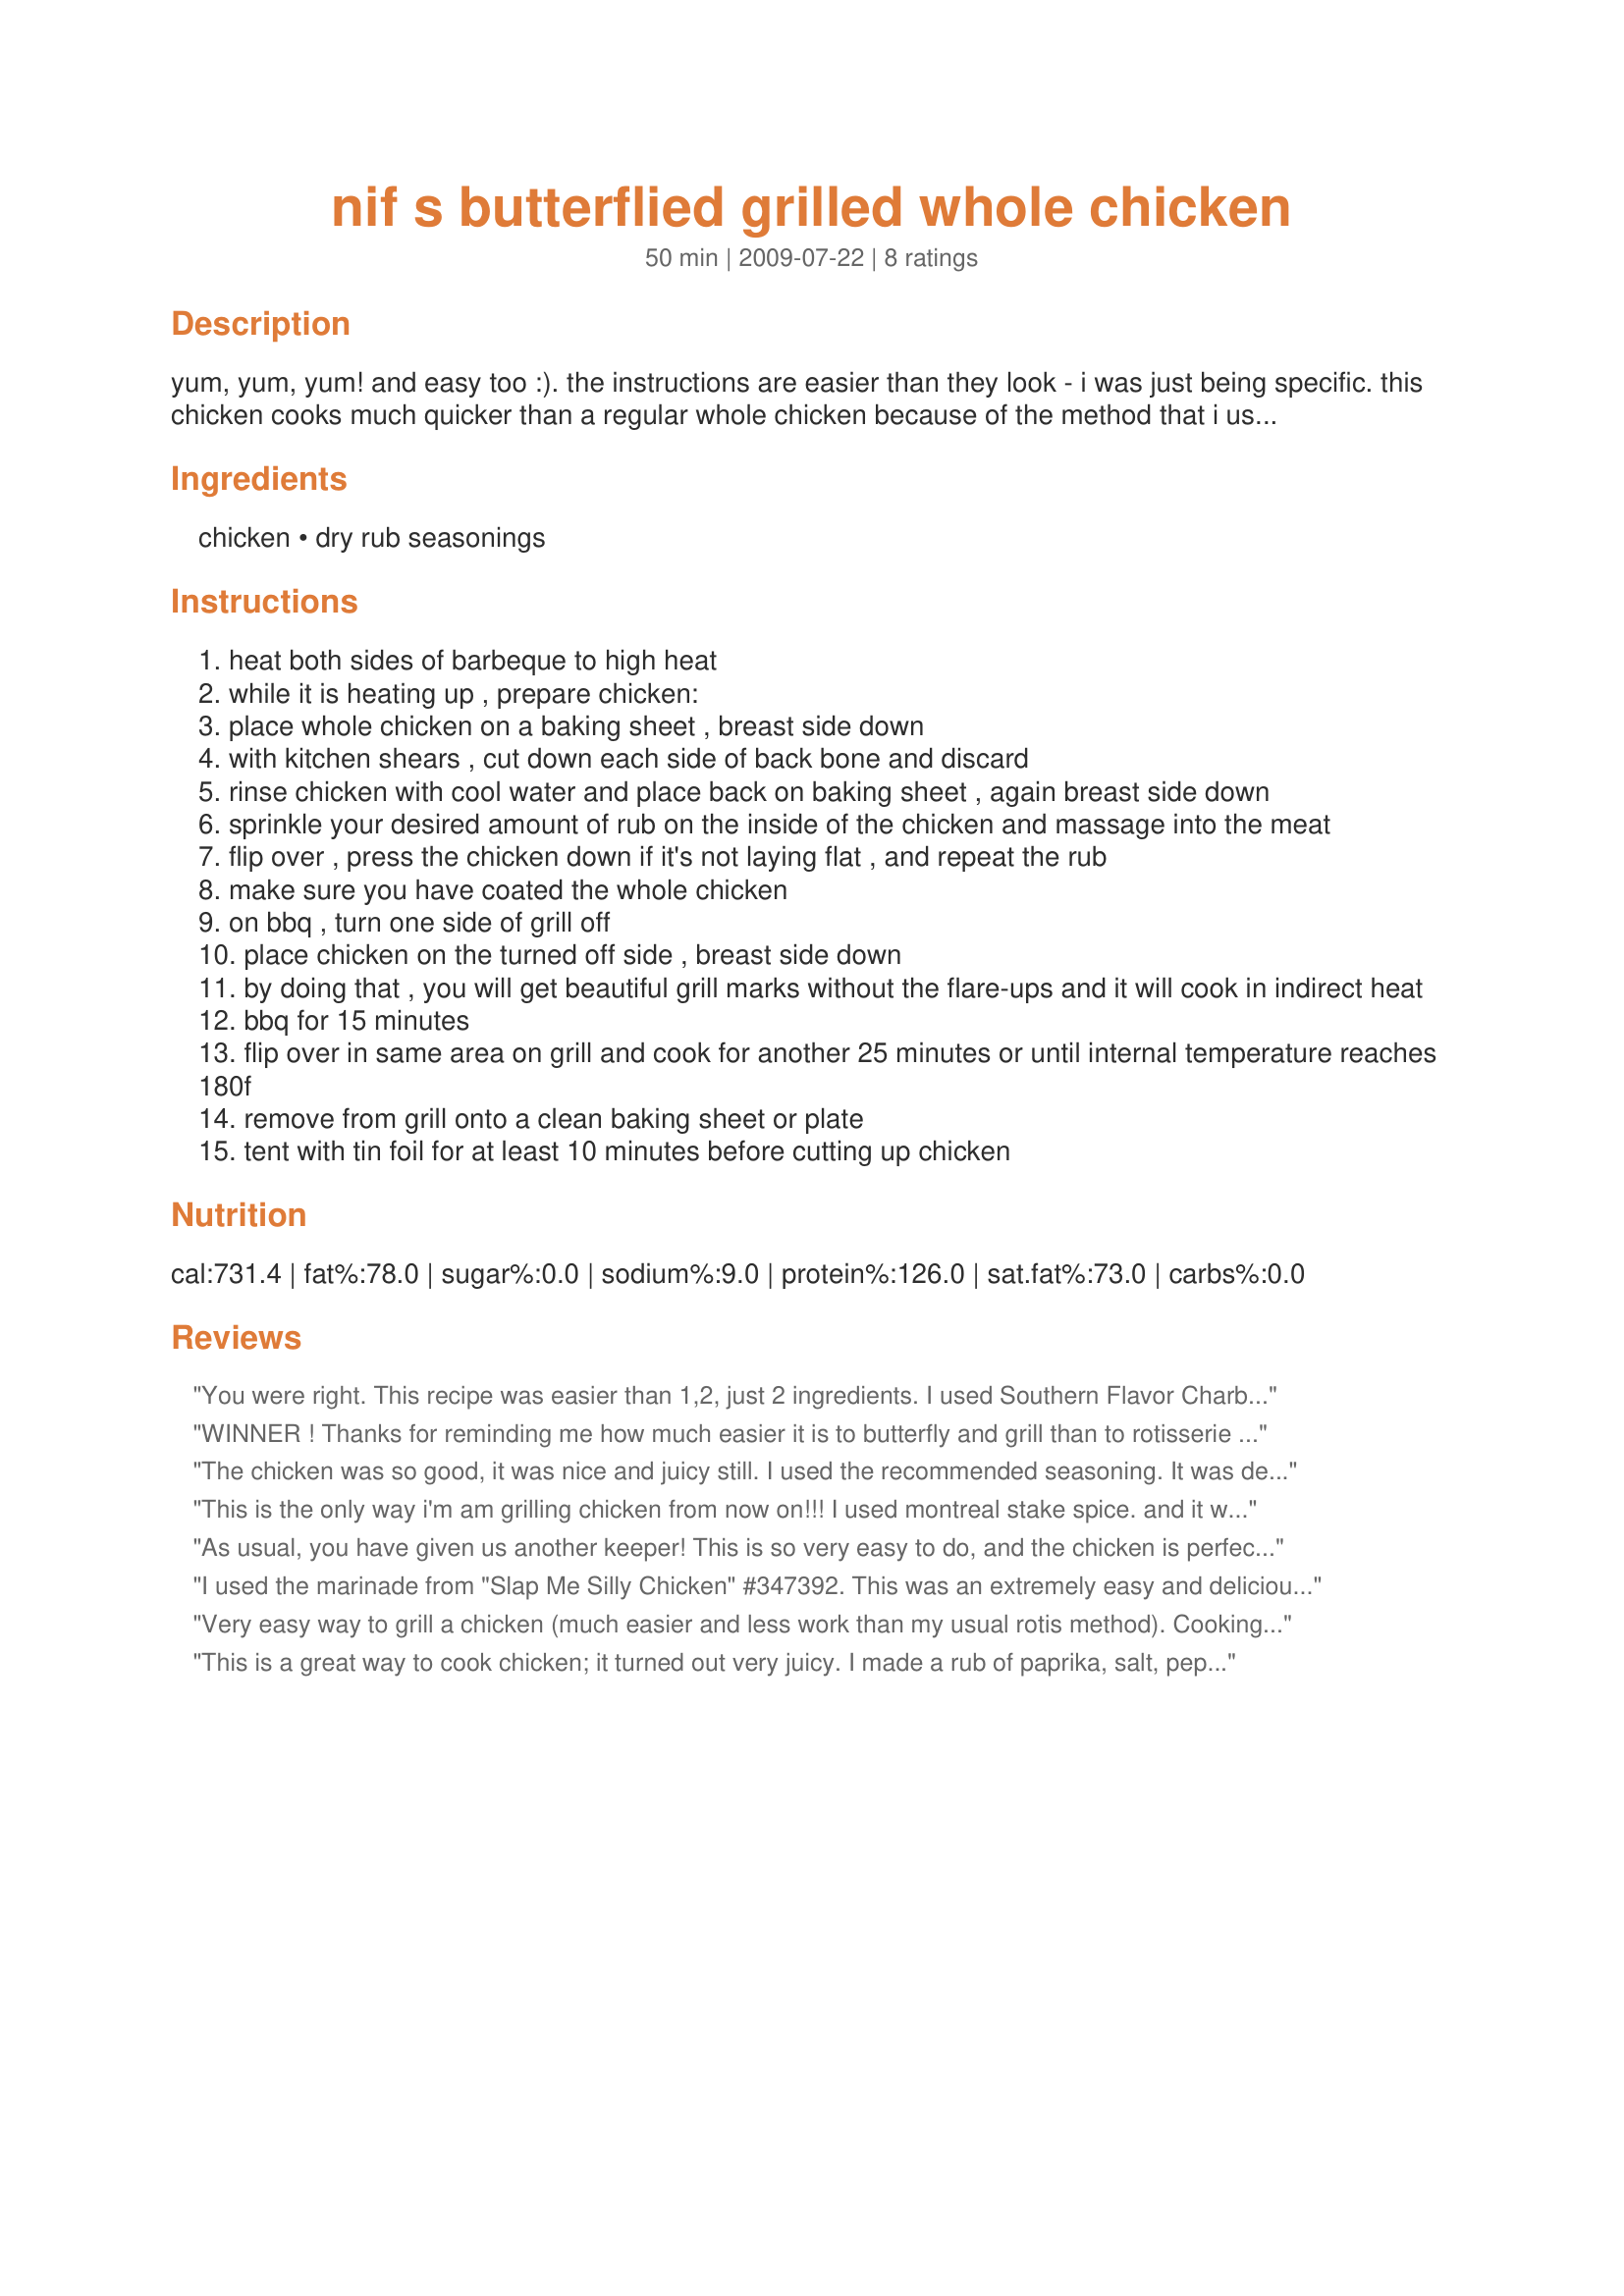
nif s butterflied grilled whole chicken
Preparation time: 50 minutes

yum, yum, yum! and easy too :). the instructions are easier than they look - i was just being specific. this chicken cooks much quicker than a regular whole chicken because of the method that i use. only 2 ingredients makes this a quick last minute delicious dish. adjust the amount of rub used according to your own taste; i use 2 tablespoons total. if you don't have rub, you can just use some salt and pepper. the cooking time may vary slightly as not all barbeques cook at the same temperature. enjoy!

Ingredients:
chicken, dry rub seasonings

Steps:
heat both sides of barbeque to high heat
while it is heating up , prepare chicken:
place whole chicken on a baking sheet , breast side down
with kitchen shears , cut down each side of back bone and discard
rinse chicken with cool water and place back on baking sheet , again breast side down
sprinkle your desired amount of rub on the inside of the chicken and massage into the meat
flip over , press the chicken down if it's not laying flat , and repeat the rub
make sure you have coated the whole chicken
on bbq , turn one side of grill off
place chicken on the turned off side , breast side down
by doing that , you will get beautiful grill marks without the flare-ups and it will cook in indirect heat
bbq for 15 minutes
flip over in same area on grill and cook for another 25 minutes or until internal temperature reaches 180f
remove from grill onto a clean baking sheet or plate
tent with tin foil for at least 10 minutes before cutting up chicken

Reviews:
You were right. This recipe was easier than 1,2, just 2 ingredients. I used Southern Flavor Charbroil Seasoning. I used a half chicken. It was juicy and tasty. Will do again. Made for New Kids on the Block.
WINNER ! Thanks for reminding me how much easier it is to butterfly and grill than to rotisserie -- has been years since I did this! Our chicken was almost 5 lbs and so it took longer -- about 40 minutes, after flipping to second side. Will be using this method from now on. No hot kitchen, no rotisserie hassles..
The chicken was so good, it was nice and juicy still. I used the recommended seasoning. It was delicious.
This is the only way i'm am grilling chicken from now on!!! I used montreal stake spice. and it was lovely. I did brush it with bbq sauce once it was done and left it on the grill for an extra min or two to let the sauce get nice and sticky (who doesn't love sticky chicken!!!) I think this cooking method will work well with chicken pieces too. I plan on giving it a try some time soon.
Made for ramadan tag 2009
As usual, you have given us another keeper! This is so very easy to do, and the chicken is perfectly juicy and tender. I used your suggested rub, which was yummy and quite different from others I've had. My cook time was a bit longer, but I think some parts of my chicken were still slightly frozen which was probably the reason. Served with roasted winter squash and a salad--delicious! Made for PRMR.
I used the marinade from "Slap Me Silly Chicken" #347392. This was an extremely easy and delicious way to grill a whole chicken!!
Very easy way to grill a chicken (much easier and less work than my usual rotis method). Cooking time was right on. AThe meat was very moist. I used Recipe #163831 for the rub. Thanks, Nif, for another great recipe!
This is a great way to cook chicken; it turned out very juicy. I made a rub of paprika, salt, pepper, garlic, rosemary and a bit of oil. Easy peasy. Served with couscous, salad and crusty bread. Made for PRMR.
